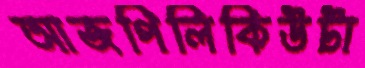
আজপিলিকিউটা